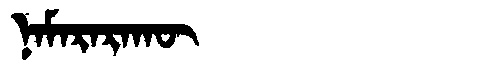
Manchu: ᠨᠠᠮᠠᡵᠠᡵᠠᡴᡡ
Romanization: NAMARARAKŪ